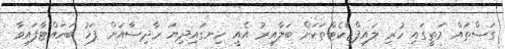
ގަސްތައް މަތީގައި ހުރި ލައިފްޖެކެޓްތަކަށް ބަލާއިރު އެއީ ހިނގައިދިޔަ ހާދިސާއަށް ފަހު ބަހައްޓާފައިވާ